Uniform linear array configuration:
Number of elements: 4
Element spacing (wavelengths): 0.25
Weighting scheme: kaiser
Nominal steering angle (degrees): -15
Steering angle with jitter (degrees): -13.653
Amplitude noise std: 0.05
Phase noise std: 0.05

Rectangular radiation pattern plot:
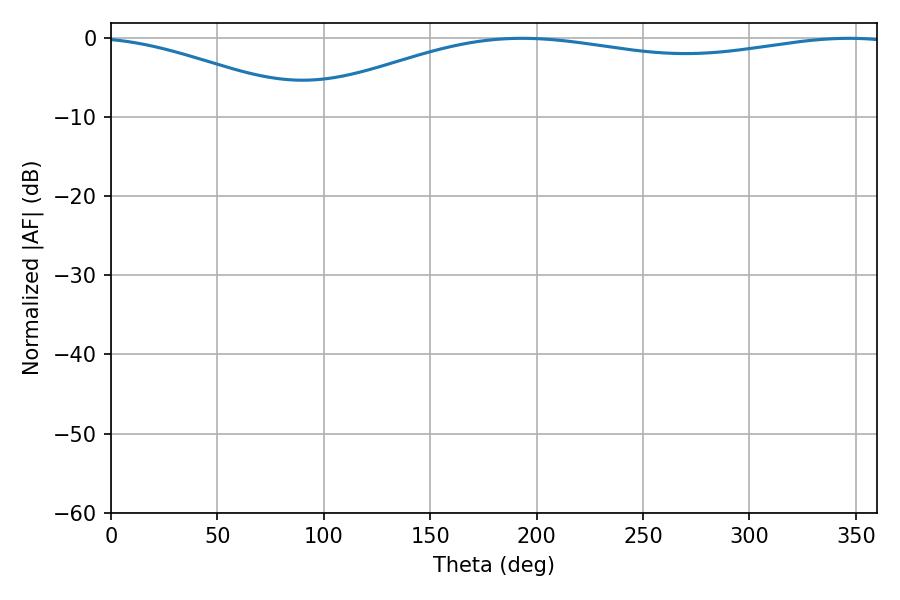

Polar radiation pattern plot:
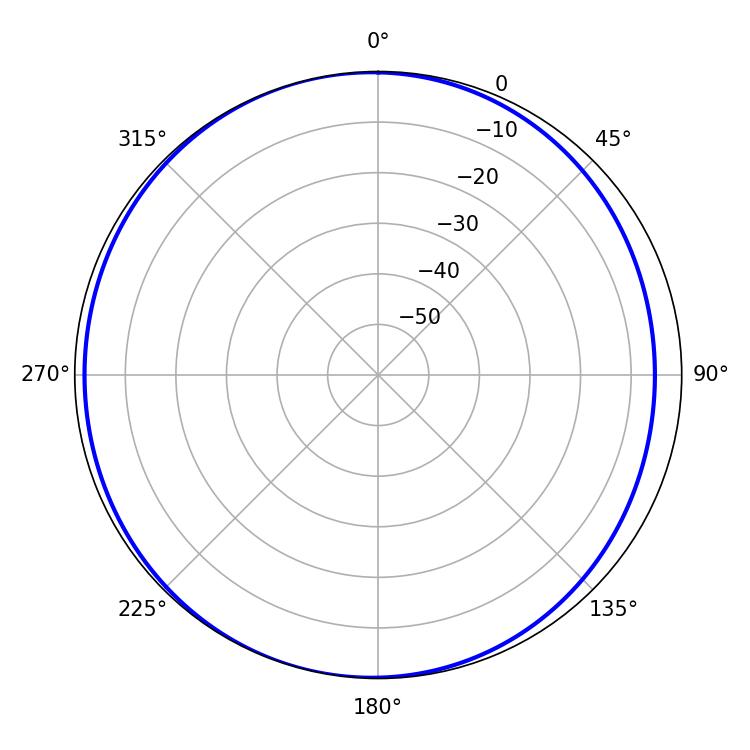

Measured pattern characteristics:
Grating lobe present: FALSE
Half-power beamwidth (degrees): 226.62
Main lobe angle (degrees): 193.14